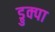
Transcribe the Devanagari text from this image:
ड्रुक्पा